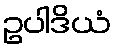
ဥပါဒိယံ